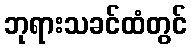
ဘုရားသခင်ထံတွင်